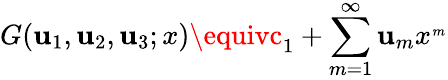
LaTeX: G(\mathbf{u}_{1},\mathbf{u}_{2},\mathbf{u}_{3};x)\equivc_{1}+\sum_{m=1}^{\infty}\mathbf{u}_{m}x^{_{m}}